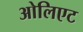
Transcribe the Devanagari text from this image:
ओलिएट